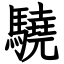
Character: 驍